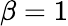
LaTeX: \beta=1